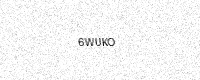
Text: 6WUKO